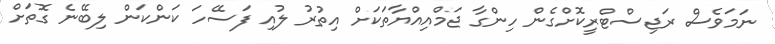
ނަމަވެސް ރަޖިސްޓްރީކޮށްގެން ހިންގާ ޖަމްއިއްޔާތަކަށް އިތުރު ލުއި ފަސޭހަ ކަންކަން ލިބޭނެ ގޮތަށް